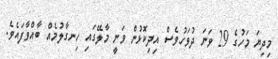
މިދިޔަ މަހުގެ 29 ވަނަ ދުވަހުވެސް އިދިކޮޅުން ވަނީ މާލޭގައި ހިނގާލުމެއް ބާއްވާފައެވެ.